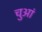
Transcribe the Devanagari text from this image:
चुआं